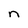
Character: n